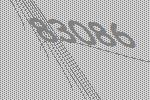
83086